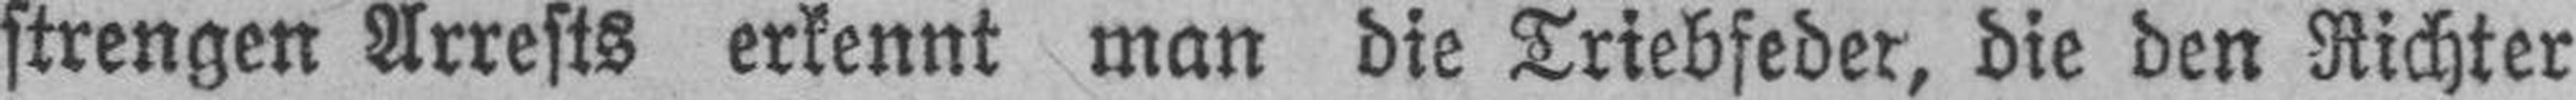
strengen Arrests erkennt man die Triebfeder, die den Richter